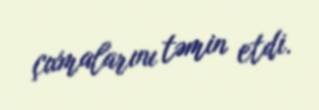
çıxmalarını təmin etdi.